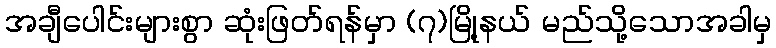
အချီပေါင်းများစွာ ဆုံးဖြတ်ရန်မှာ (၇)မြို့နယ် မည်သို့သောအခါမှ